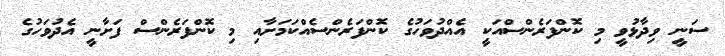
ސަނީ ވިދާޅުވީ މި ކޮންފަރެންސްއަކީ އެއްދުވަހުގެ ކޮންފަރެންސެއްކަމަށާއި މި ކޮންފަރެންސް ފަށާނީ އެދުވަހުގެ